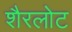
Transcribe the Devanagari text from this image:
शैरलोट